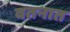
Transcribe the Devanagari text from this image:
वतनात